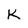
Character: K